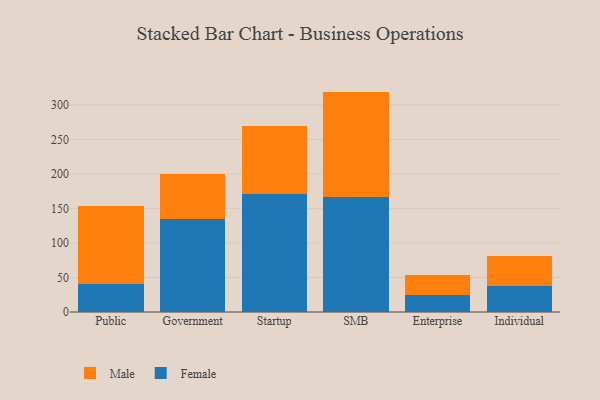
{"axis": {"x": "Segment", "y": "Revenue (USD Million)"}, "legend": ["Female", "Male"], "data": [{"x": "Public", "y": 40.1, "type": "Female"}, {"x": "Public", "y": 113.9, "type": "Male"}, {"x": "Government", "y": 135.3, "type": "Female"}, {"x": "Government", "y": 64.7, "type": "Male"}, {"x": "Startup", "y": 171.2, "type": "Female"}, {"x": "Startup", "y": 97.8, "type": "Male"}, {"x": "SMB", "y": 166.6, "type": "Female"}, {"x": "SMB", "y": 152.7, "type": "Male"}, {"x": "Enterprise", "y": 24.8, "type": "Female"}, {"x": "Enterprise", "y": 29.5, "type": "Male"}, {"x": "Individual", "y": 37.0, "type": "Female"}, {"x": "Individual", "y": 43.5, "type": "Male"}]}